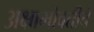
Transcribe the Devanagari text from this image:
अक्षाभोवतीचे